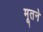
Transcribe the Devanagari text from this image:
मूतने